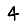
Digit: 4